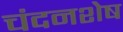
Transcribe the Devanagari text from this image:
चंदनशेष